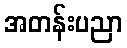
အတန်းပညာ